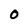
Character: 0